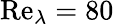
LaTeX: \mathrm{Re}_{\lambda}=80